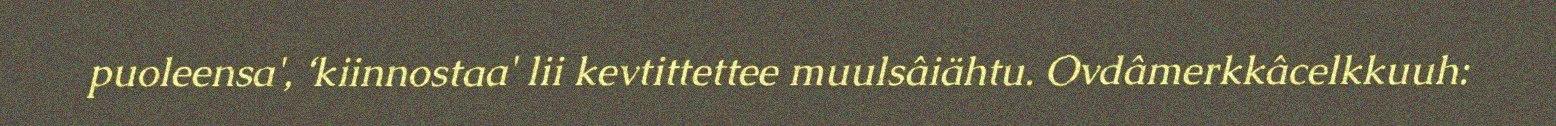
puoleensa', ‘kiinnostaa' lii kevtittettee muulsâiähtu. Ovdâmerkkâcelkkuuh: